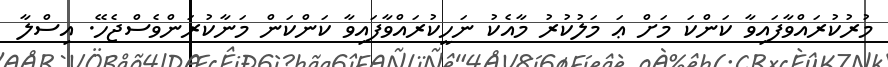
މުރުކުރައްވާފައިވާ ކަންކަ މަށް ޢަ މަލުކުރު މާއެކު ނަހީކުރައްވާފައިވާ ކަންކަން މަނާކުރަންވެސްޖެހޭ. އިސްލާ